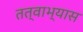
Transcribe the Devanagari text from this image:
तत्वाभ्यास